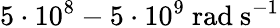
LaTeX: {5\cdot 10^{8}-5\cdot 10^{9}\ \mathrm{rad\ s^{-1}}}